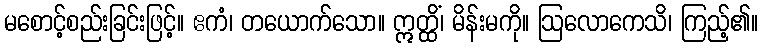
မစောင့်စည်းခြင်းဖြင့်။ ဧကံ၊ တယောက်သော။ ဣတ္ထိံ၊ မိန်းမကို။ ဩလောကေသိ၊ ကြည့်၏။